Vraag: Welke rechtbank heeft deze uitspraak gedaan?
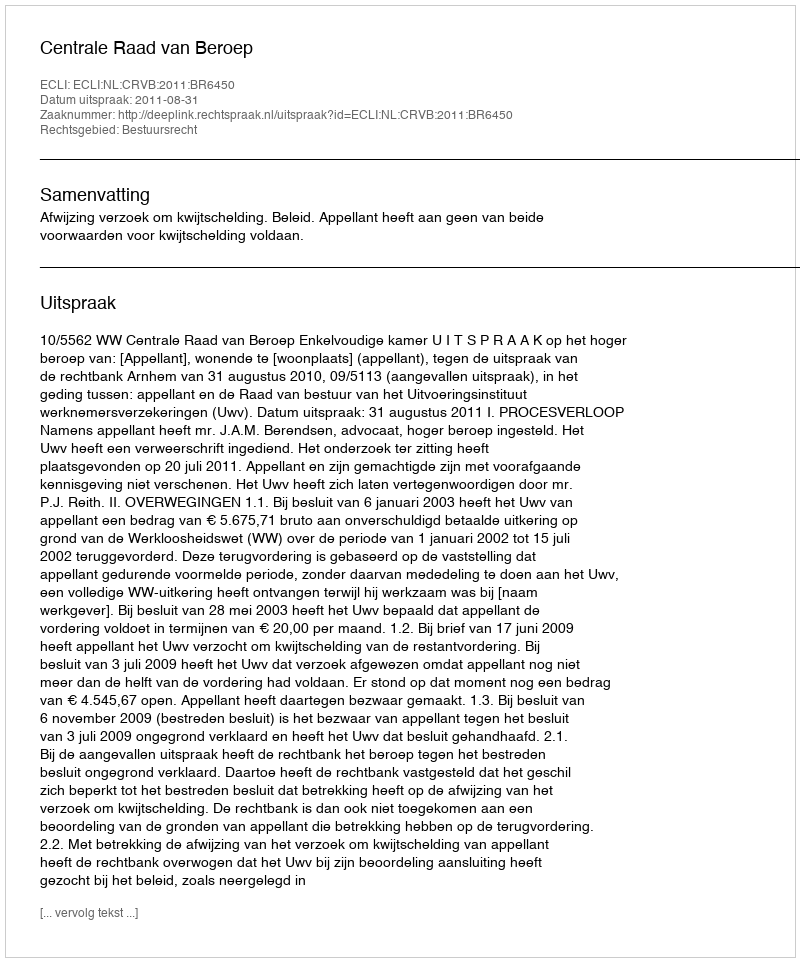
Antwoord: Centrale Raad van Beroep